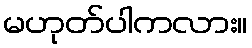
မဟုတ်ပါကလား။